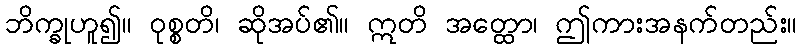
ဘိက္ခုဟူ၍။ ဝုစ္စတိ၊ ဆိုအပ်၏။ ဣတိ အတ္ထော၊ ဤကားအနက်တည်း။